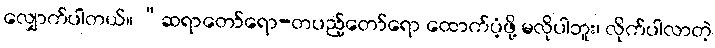
လျှောက်ပါတယ်။ “ဆရာတော်ရော-တပည့်တော်ရော ထောက်ပံ့ဖို့ မလိုပါဘူး၊ လိုက်ပါလာတဲ့